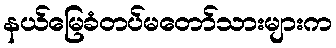
နယ်မြေခံတပ်မတော်သားများက